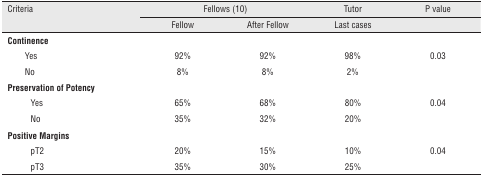
<table><thead><tr><td rowspan="2" colspan="2"><b>Criteria</b></td><td colspan="2"><b>Fellows (10)</b></td><td><b>Tutor</b></td><td><b>P value</b></td></tr><tr><td><b>Fellow</b></td><td><b>After Fellow</b></td><td><b>Last cases</b></td><td></td></tr></thead><tbody><tr><td colspan="6"><b>Continence</b></td></tr><tr><td rowspan="2"></td><td>Yes</td><td>92%</td><td>92%</td><td>98%</td><td>0.03</td></tr><tr><td>No</td><td>8%</td><td>8%</td><td>2%</td><td></td></tr><tr><td colspan="6"><b>Preservation of Potency</b></td></tr><tr><td rowspan="2"></td><td>Yes</td><td>65%</td><td>68%</td><td>80%</td><td>0.04</td></tr><tr><td>No</td><td>35%</td><td>32%</td><td>20%</td><td></td></tr><tr><td colspan="6"><b>Positive Margins</b></td></tr><tr><td rowspan="2"></td><td>pT2</td><td>20%</td><td>15%</td><td>10%</td><td>0.04</td></tr><tr><td>pT3</td><td>35%</td><td>30%</td><td>25%</td><td></td></tr></tbody></table>